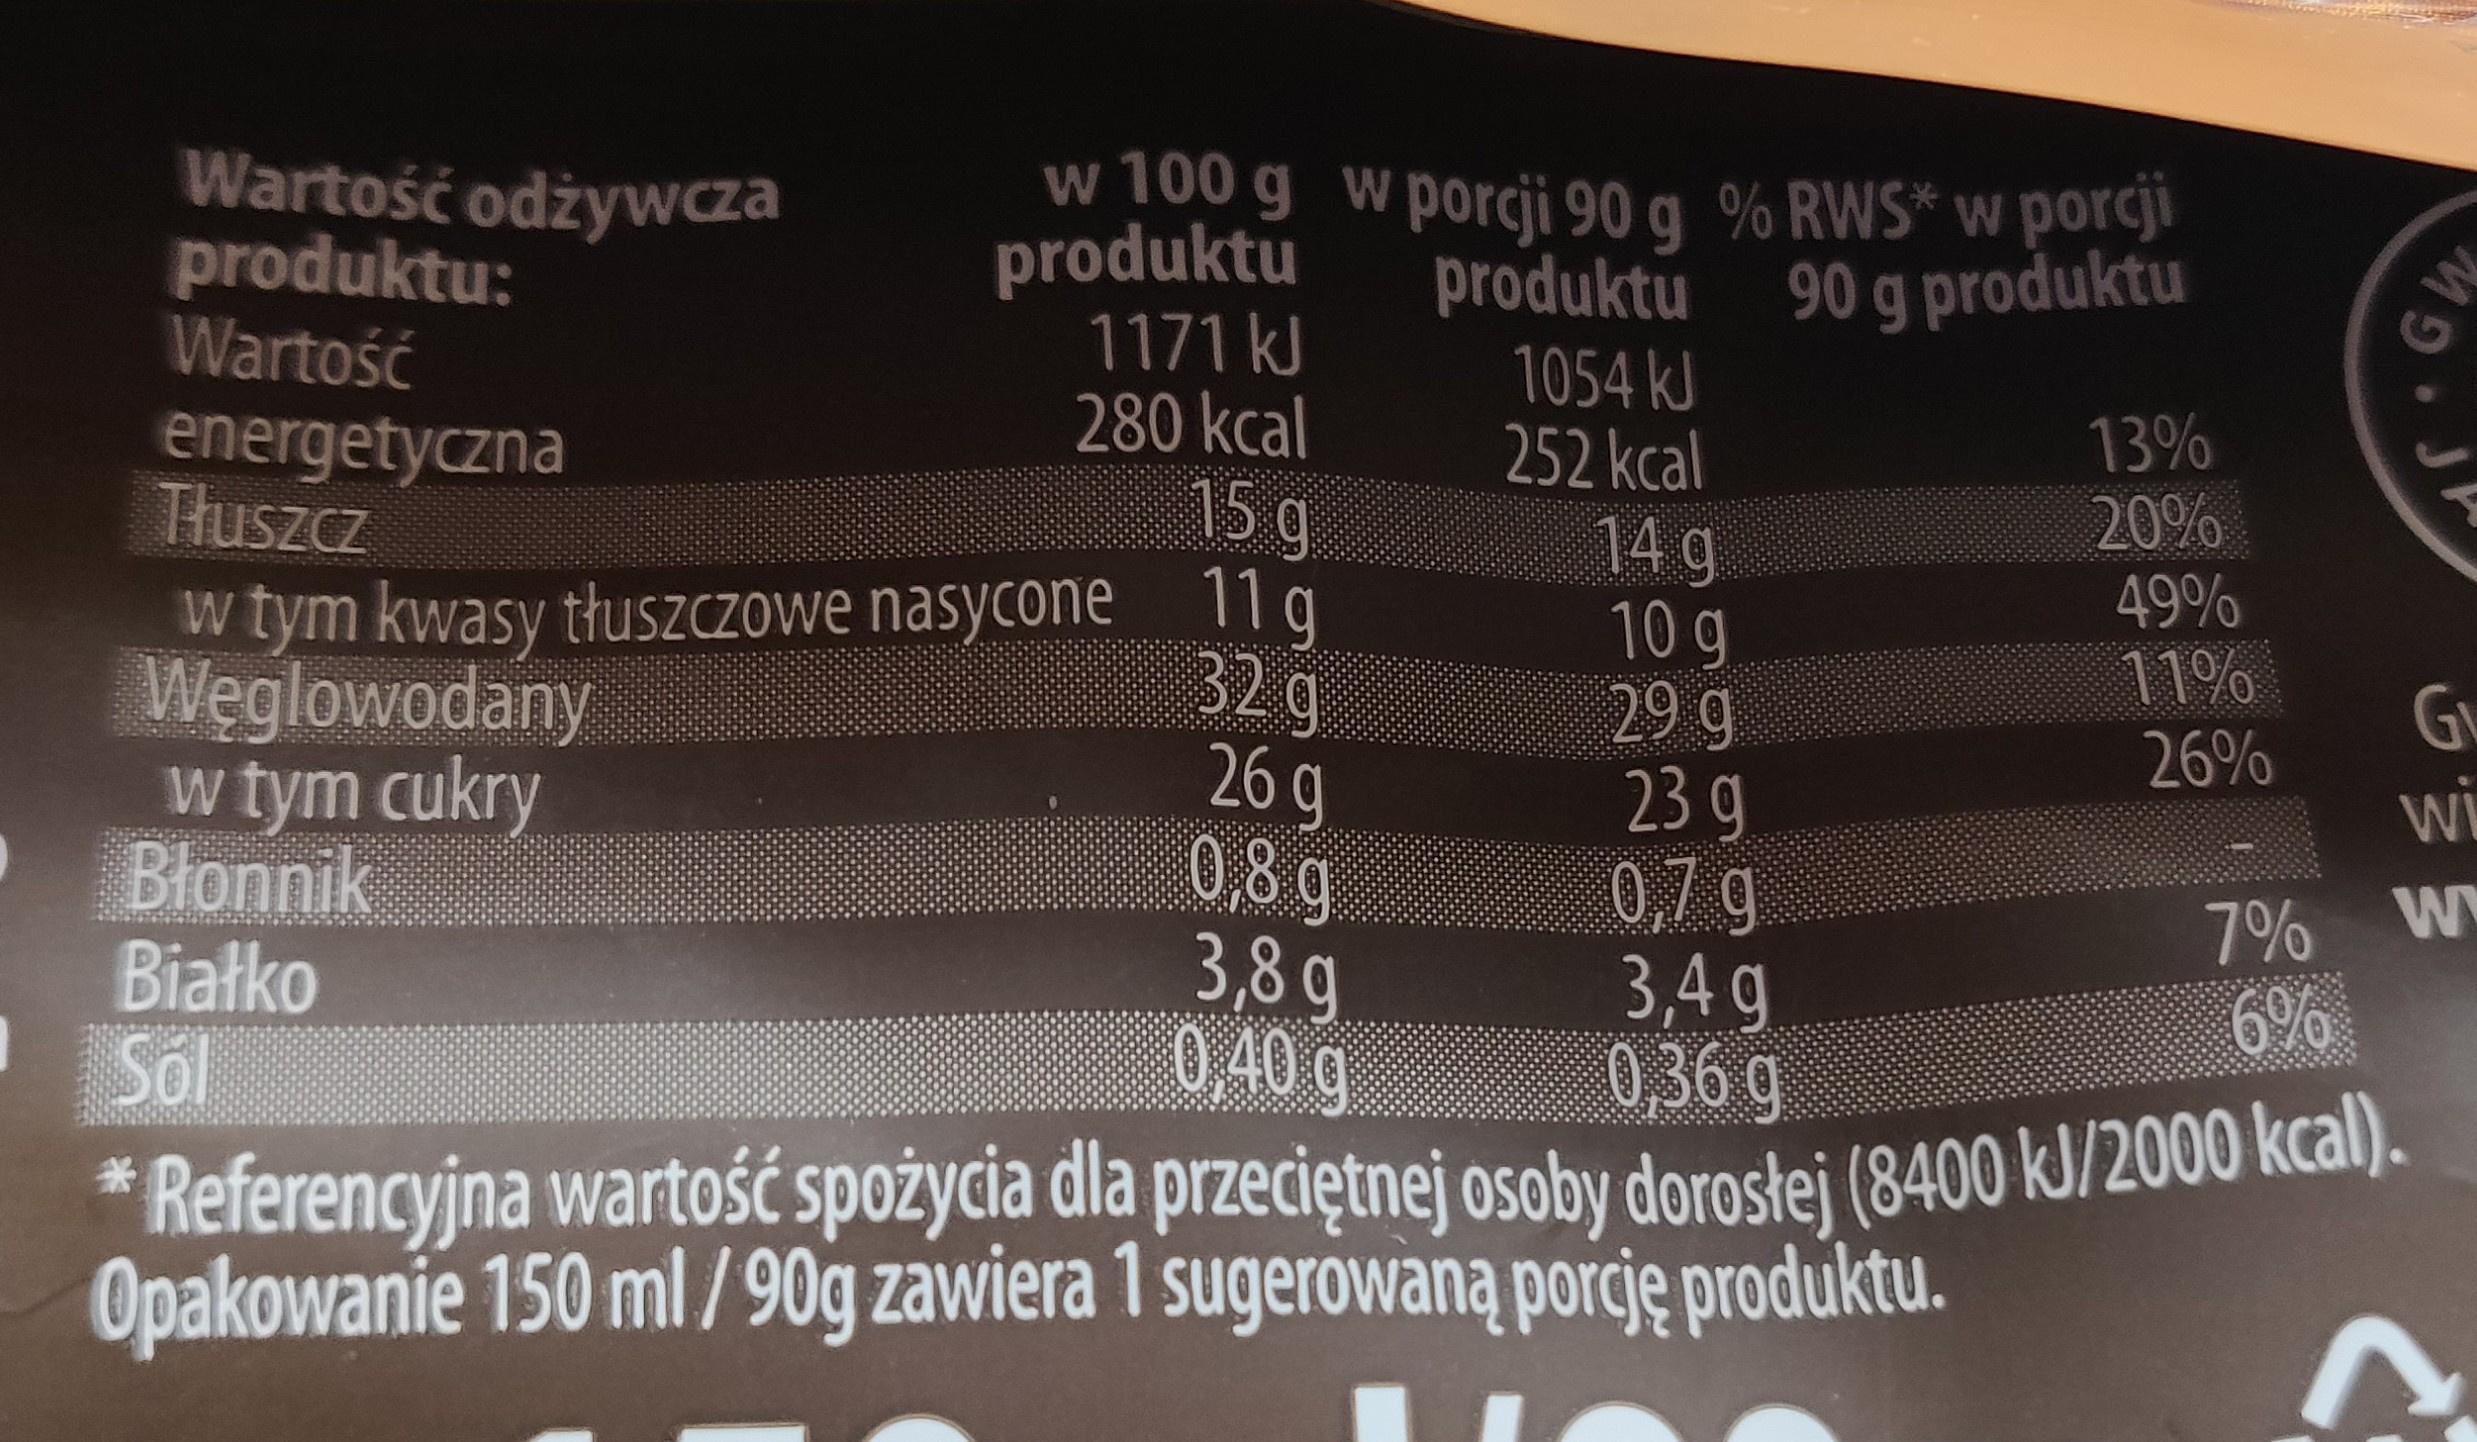
Wartość odżywcza produktu: Wartość
w 100 g w porcji 90 g % RWS* w porcji produktu 1171 kJ 280 kcal 15g
produktu 90 g produktu 1054 kJ 252 kcal 14g 10g 29 g 23 g 0,7 g 3,4g 0,36g
energetyczna Tłuszcz
13% 20% 49% 11% 26%
w tym kwasy tłusZCzowe nasycone 11 g Węglowodany w tym cukry Blonnik Białko Sól
32g 26 g 0,8 g 3,8g 0,40 g
Gi
wi
7% W 6%
* Referencyjna wartość spożycia dla przeciętnej osoby dorosłej (8400 kJ/2000 kcal). Opakowanie 150 ml/90g zawiera 1 sugerowaną porcję produktu.
GW